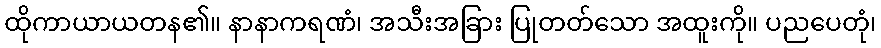
ထိုကာယာယတန၏။ နာနာကရဏံ၊ အသီးအခြား ပြုတတ်သော အထူးကို။ ပညပေတုံ၊